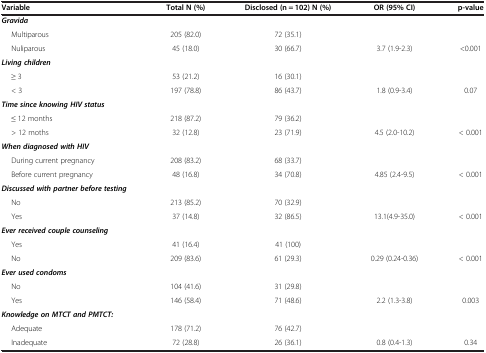
<table><thead><tr><td><b>Variable</b></td><td><b>Total N (%)</b></td><td><b>Disclosed (n = 102) N (%)</b></td><td><b>OR (95% CI)</b></td><td><b>p-value</b></td></tr></thead><tbody><tr><td><b><i>Gravida</i></b></td><td> </td><td> </td><td> </td><td> </td></tr><tr><td>Multiparous</td><td>205 (82.0)</td><td>72 (35.1)</td><td> </td><td> </td></tr><tr><td>Nuliparous</td><td>45 (18.0)</td><td>30 (66.7)</td><td>3.7 (1.9-2.3)</td><td>&lt;0.001</td></tr><tr><td><b><i>Living children</i></b></td><td> </td><td> </td><td> </td><td> </td></tr><tr><td>≥ 3</td><td>53 (21.2)</td><td>16 (30.1)</td><td> </td><td> </td></tr><tr><td>&lt; 3</td><td>197 (78.8)</td><td>86 (43.7)</td><td>1.8 (0.9-3.4)</td><td>0.07</td></tr><tr><td><b><i>Time since knowing HIV status</i></b></td><td> </td><td> </td><td> </td><td> </td></tr><tr><td>≤ 12 months</td><td>218 (87.2)</td><td>79 (36.2)</td><td> </td><td> </td></tr><tr><td>&gt; 12 moths</td><td>32 (12.8)</td><td>23 (71.9)</td><td>4.5 (2.0-10.2)</td><td>&lt; 0.001</td></tr><tr><td><b><i>When diagnosed with HIV</i></b></td><td> </td><td> </td><td> </td><td> </td></tr><tr><td>During current pregnancy</td><td>208 (83.2)</td><td>68 (33.7)</td><td> </td><td> </td></tr><tr><td>Before current pregnancy</td><td>48 (16.8)</td><td>34 (70.8)</td><td>4.85 (2.4-9.5)</td><td>&lt; 0.001</td></tr><tr><td><b><i>Discussed with partner before testing</i></b></td><td> </td><td> </td><td> </td><td> </td></tr><tr><td>No</td><td>213 (85.2)</td><td>70 (32.9)</td><td> </td><td> </td></tr><tr><td>Yes</td><td>37 (14.8)</td><td>32 (86.5)</td><td>13.1(4.9-35.0)</td><td>&lt; 0.001</td></tr><tr><td><b><i>Ever received couple counseling</i></b></td><td> </td><td> </td><td> </td><td> </td></tr><tr><td>Yes</td><td>41 (16.4)</td><td>41 (100)</td><td> </td><td> </td></tr><tr><td>No</td><td>209 (83.6)</td><td>61 (29.3)</td><td>0.29 (0.24-0.36)</td><td>&lt; 0.001</td></tr><tr><td><b><i>Ever used condoms</i></b></td><td> </td><td> </td><td> </td><td> </td></tr><tr><td>No</td><td>104 (41.6)</td><td>31 (29.8)</td><td> </td><td> </td></tr><tr><td>Yes</td><td>146 (58.4)</td><td>71 (48.6)</td><td>2.2 (1.3-3.8)</td><td>0.003</td></tr><tr><td><b><i>Knowledge on MTCT and PMTCT:</i></b></td><td> </td><td> </td><td> </td><td> </td></tr><tr><td>Adequate</td><td>178 (71.2)</td><td>76 (42.7)</td><td> </td><td> </td></tr><tr><td>Inadequate</td><td>72 (28.8)</td><td>26 (36.1)</td><td>0.8 (0.4-1.3)</td><td>0.34</td></tr></tbody></table>